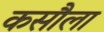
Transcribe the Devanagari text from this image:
कसौला